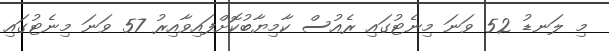
މި ލަނޑު 52 ވަނަ މިނެޓުގައި ރެއުސް ކާމިޔާބުކޮށްފައިވާއިރު 57 ވަނަ މިނެޓުގައި